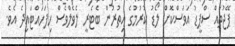
ޕޭޖުތައް ސްޕީޑު އަވަސްކޮށް ލޯޑު ކުރުމުގެ އިތުރުން ބެޓެރީ ލެވެލްވެސް ހިފަހައްޓައިދެ އެވެ.